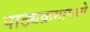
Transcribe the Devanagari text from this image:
पाठ्यक्रमामध्ये